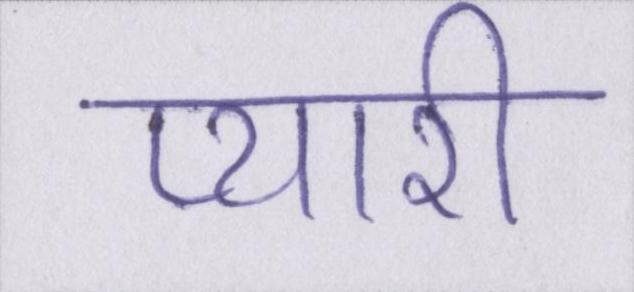
प्यारी